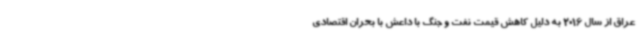
عراق از سال 2016 به دلیل کاهش قیمت نفت و جنگ با داعش با بحران اقتصادی